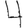
Digit: 4